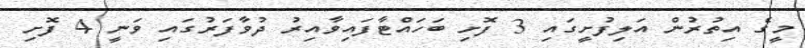
މީގެ އިތުރުން އަލިފުށީގައި 3 ފޮށި ބަހައްޓާފައިވާއިރު ދުވާފަރުގައި ވަނީ 4 ފޮށި